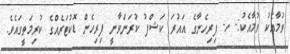
ވުމާއެކު ވުމާއެކު:- ހ- ފިރިހެނާގެ އައުރަ ކަޝްފު ކުރަންވާނީ ފިރިހެން ޑޮކުޓަރެއްގެ ކުރިމަތީގައެވެ.